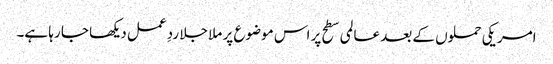
امریکی حملوں کے بعد عالمی سطح پر اس موضوع پر ملا جلا ردِ عمل دیکھا جا رہا ہے۔